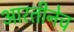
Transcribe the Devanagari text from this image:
आरतीनेच